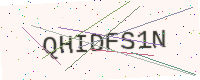
Text: QHIDFS1N